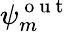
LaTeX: \psi_{m}^{\mathrm{~o~u~t~}}